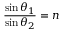
{ \frac { \sin { \theta _ { 1 } } } { \sin { \theta _ { 2 } } } } = n